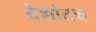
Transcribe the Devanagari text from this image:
देशांतच